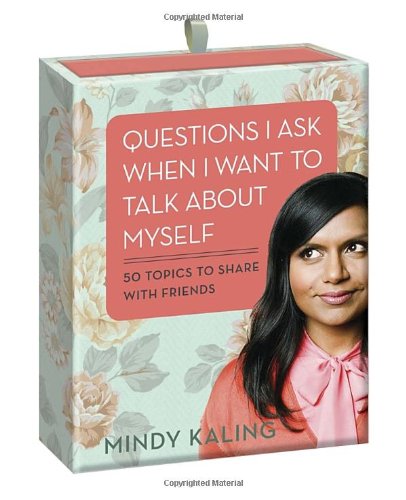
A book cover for Questions I Ask When I Want to Talk About Myself: 50 Topics to Share with Friends; Mindy Kaling; Humor & Entertainment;